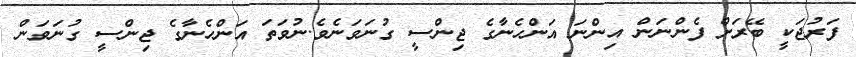
ފަރުޖަކީ ބޭރަށް ފެންނަން އިންނަ އަންހެނާގެ ޖިންސީ ގުނަވަނެވެ.ނުވަތަ އަންހެނާގެ ޖިންސީ ގުނަވަން